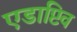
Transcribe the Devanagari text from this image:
एडाप्टिव